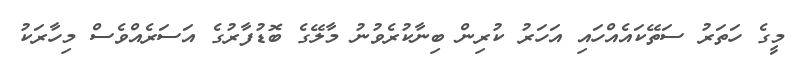
މީގެ ހަތަރު ސަތޭކައެއްހައި އަހަރު ކުރިން ބިނާކުރެވުނު މާލޭގެ ބޮޑުފާރުގެ އަސަރެއްވެސް މިހާރަކު